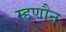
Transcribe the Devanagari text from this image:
म्हणौन